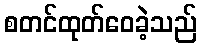
စတင်ထုတ်ဝေခဲ့သည်